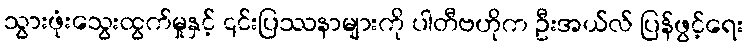
သွားဖုံးသွေးထွက်မှုနှင့် ၎င်းပြဿနာများကို ပါတီဗဟိုက ဦးအယ်လ် ပြန်ဖွင့်ရေး